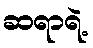
ဆရာရဲ့